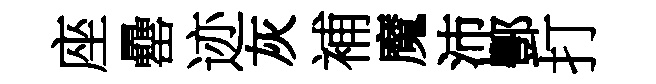
座罍迹灰補魔沛酆打